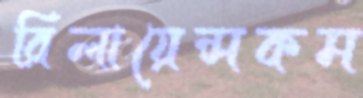
রিলায়েন্সকম